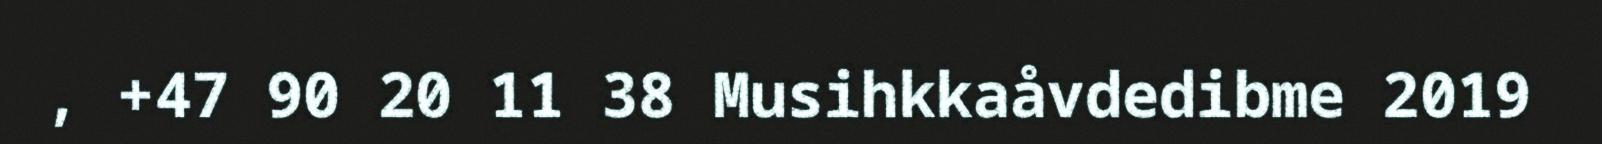
, +47 90 20 11 38 Musihkkaåvdedibme 2019